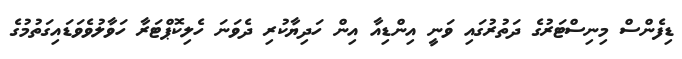
ޑިފެންސް މިނިސްޓަރުގެ ދަތުރުގައި ވަނީ އިންޑިއާ އިން ހަދިޔާކުރި ދެވަނަ ހެލިކޮޕްޓަރާ ހަވާލުވެވަޑައިގަތުމުގެ